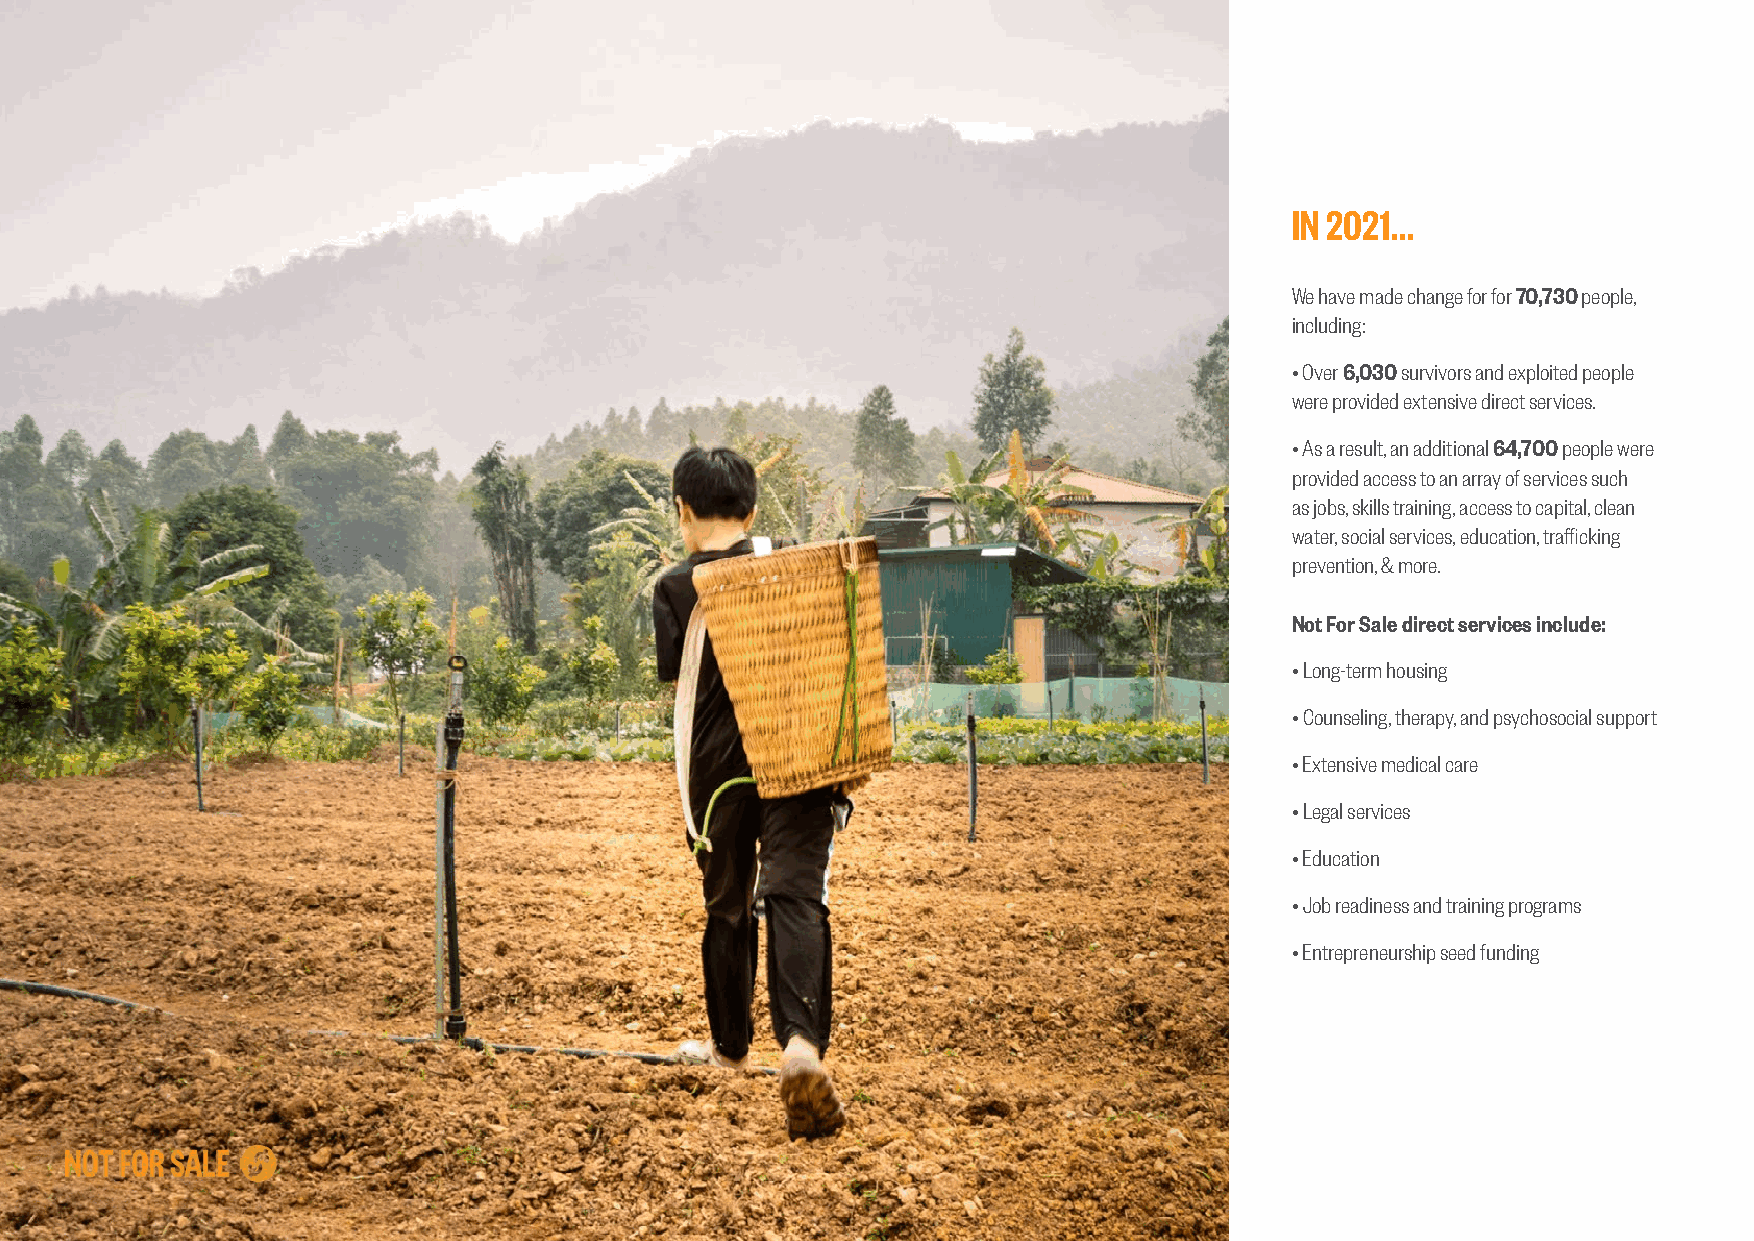
IN 2021...
 We have made change for for 70,730 people,
 including:
 • Over 6,030 survivors and exploited people
 were provided extensive direct services.
 • As a result, an additional 64,700 people were
 provided access to an array of services such
 as jobs, skills training, access to capital, clean
 water, social services, education, trafficking
 prevention, & more.
 Not For Sale direct services include:
 • Long-term housing
 • Counseling, therapy, and psychosocial support
 • Extensive medical care
 • Legal services
 • Education
 • Job readiness and training programs
 • Entrepreneurship seed funding